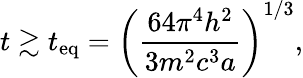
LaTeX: t\gtrsim t_{\mathrm{eq}}=\left(\frac{64\pi^{4}h^{2}}{3m^{2}c^{3}a}\right)^{1/3},